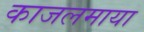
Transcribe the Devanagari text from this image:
काजलमाया